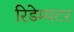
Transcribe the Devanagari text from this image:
रिडेम्पटर